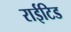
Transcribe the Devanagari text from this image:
राईटिड